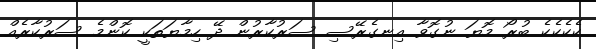
ކެކެކެކެެެ ބުރޯ މޮޔަ ނުގޮވާ އިނގެރޭސި ސަރުކާރުން ދޭ ހިމާޔަތަކީ ކޮންމެ ސަރުކާރެއް